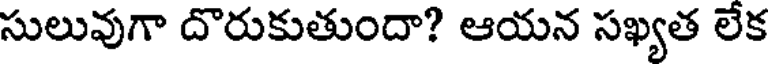
సులువుగా దొరుకుతుందా? ఆయన సఖ్యత లేక